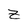
Character: z